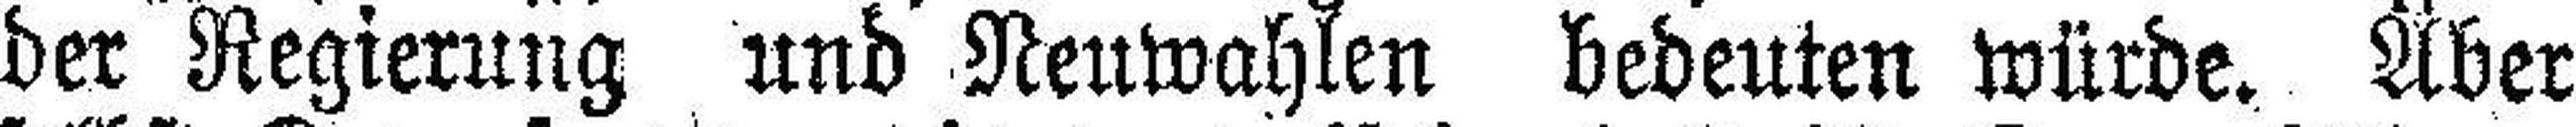
der Regierung und Neuwahlen bedeuten würde. Aber